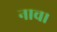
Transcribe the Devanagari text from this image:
नाच।